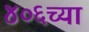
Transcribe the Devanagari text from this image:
४०६च्या